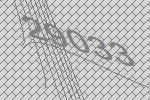
29033